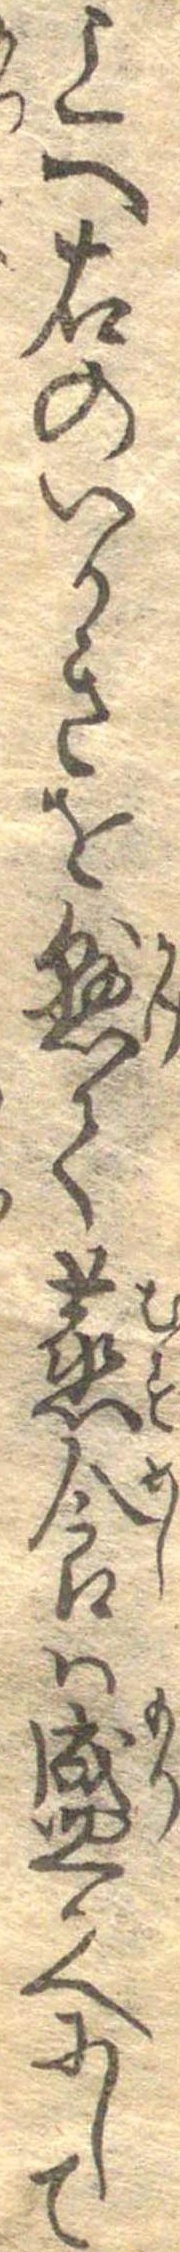
上へ右のいかきを懸て蒸食は盛かへにして